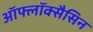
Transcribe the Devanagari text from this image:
ऑफ्लॉक्सैसिन